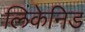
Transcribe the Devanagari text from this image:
लिकेनिड